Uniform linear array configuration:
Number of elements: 12
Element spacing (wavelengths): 0.5
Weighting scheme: hann
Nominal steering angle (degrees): -30
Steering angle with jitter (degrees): -30.74
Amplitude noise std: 0.05
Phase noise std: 0.05

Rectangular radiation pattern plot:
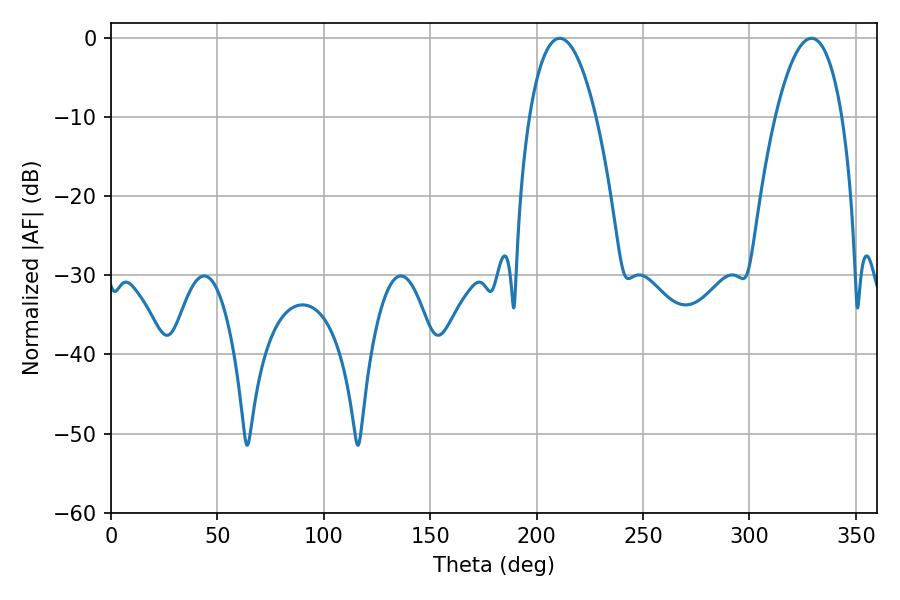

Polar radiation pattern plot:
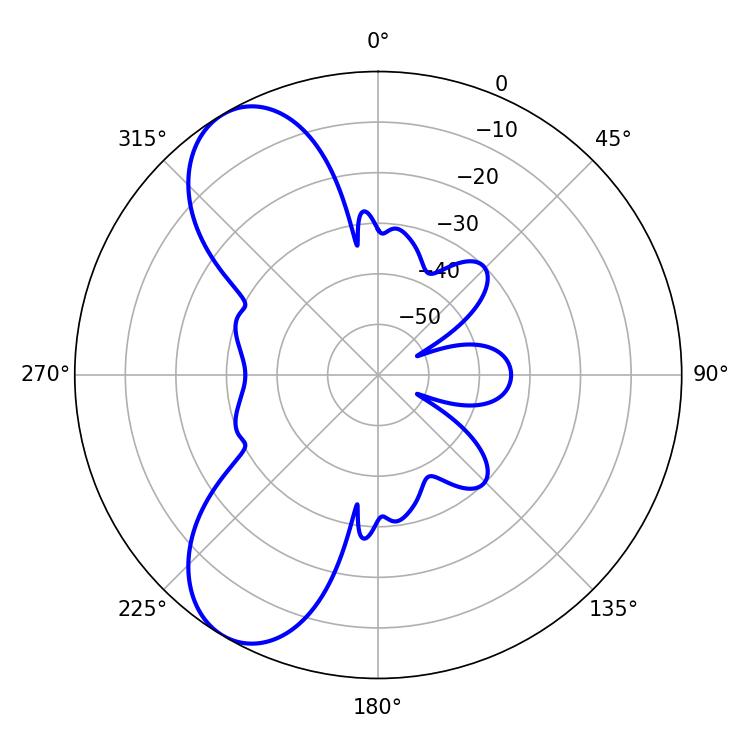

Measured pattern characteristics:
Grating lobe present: FALSE
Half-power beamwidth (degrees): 17.46
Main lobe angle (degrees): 210.78